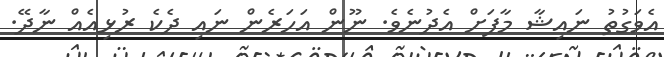
އެވަގުތު ނައިޝާ މާފަށް އެދުނެވެ. ނޫން އަހަރެން ނައި ދެކެ ރުޅިއެއް ނާދޭ.